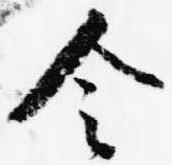
令